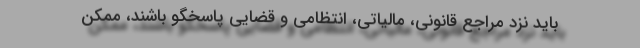
باید نزد مراجع قانونی، مالیاتی، انتظامی و قضایی پاسخگو باشند، ممکن